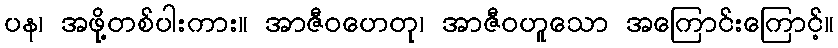
ပန၊ အဖို့တစ်ပါးကား။ အာဇီဝဟေတု၊ အာဇီဝဟူသော အကြောင်းကြောင့်။